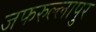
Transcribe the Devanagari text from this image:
जफरुल्लापुर